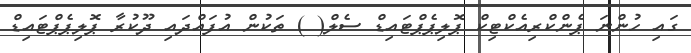
ގައި ހުންނަ ޕެންކްރިއެކްޓިކް ޕޮލިޕެޕްޓައިޑް ސެލް( ) ތަކުން އުފައްދައި ދޫކުރާ ޕޮލިޕެޕްޓައިޑް